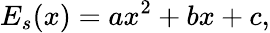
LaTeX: E_{s}(x)=ax^{2}+bx+c,